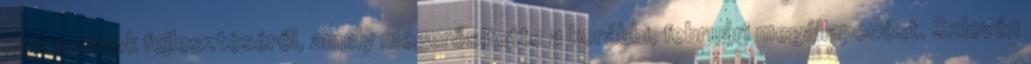
kapcsolatok fejlesztéséről, amely megerősítette a korábbi, februári megállapodást. Szlovén